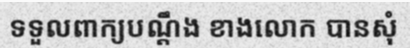
ទទួលពាក្យបណ្តឹង ខាងលោក បានសុំ